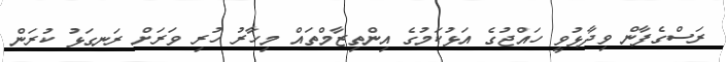
ރަސްގެފާން ވިދާޅުވީ ހައްޖުގެ އަޅުކަމުގެ އިންތިޒާމްތަައް މިހާރު ހުރި ވަރަށް ރަނގަޅު ކުރަން